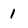
Character: 1